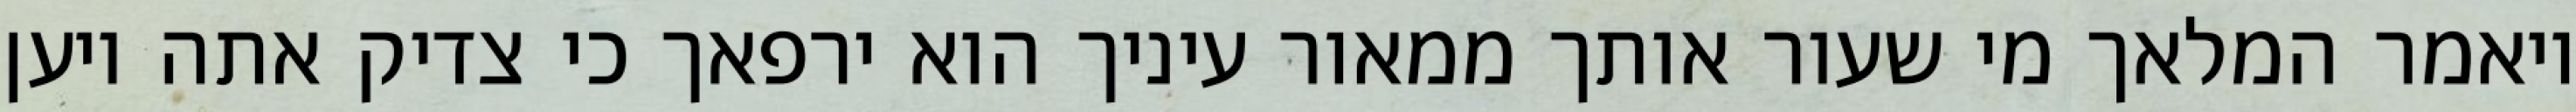
ויאמר המלאך מי שעור אותך ממאור עיניך הוא ירפאך כי צדיק אתה ויען